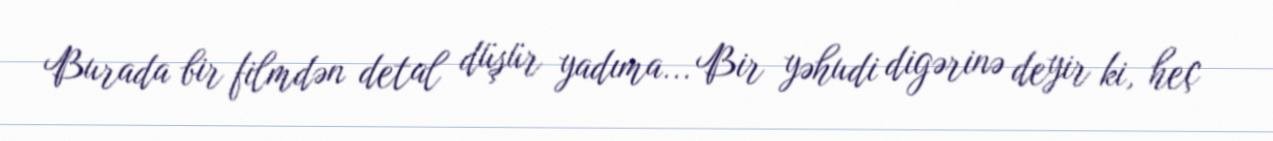
Burada bir filmdən detal düşür yadıma... Bir yəhudi digərinə deyir ki, heç